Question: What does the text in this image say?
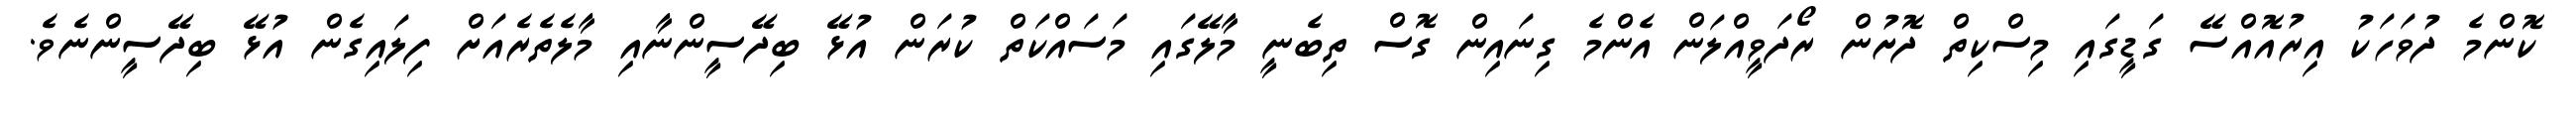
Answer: ކޮންމެ ދުވަހަކު އިރުއޮއްސޭ ގަޑީގައި މިސްކިތް ދޮށުން ރޯދަވީއްލަން އެންމެ ގިނައިން ގޮސް ތިބެނީ މާލޭގައި މަސައްކަތް ކުރަން އުޅޭ ބިދޭސީންނާއި މާލެތެރެއަށް ފިލައިގެން އުޅޭ ބިދޭސީންނެވެ.